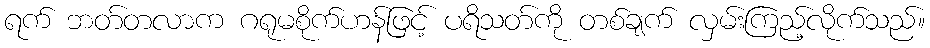
ရက် ဘတ်တလာက ဂရုမစိုက်ဟန်ဖြင့် ပရိသတ်ကို တစ်ချက် လှမ်းကြည့်လိုက်သည်။